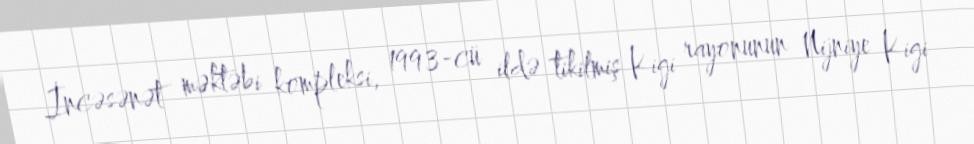
İncəsənət məktəbi kompleksi, 1993-cü ildə tikilmiş Kigi rayonunun Nijniye Kigi